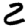
Digit: 2